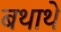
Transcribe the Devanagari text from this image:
बथाथे